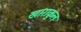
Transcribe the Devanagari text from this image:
खाराकुल